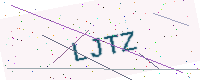
Text: LJTZ